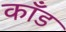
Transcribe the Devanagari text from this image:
काँड